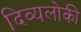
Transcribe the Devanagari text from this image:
दिव्यलोकी